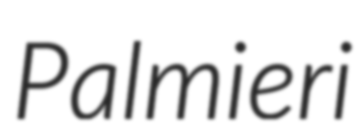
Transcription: Palmieri